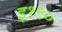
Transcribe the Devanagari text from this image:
इ१९०